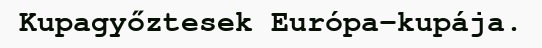
Kupagyőztesek Európa-kupája.